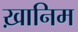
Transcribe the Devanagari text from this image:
ख़ानिम